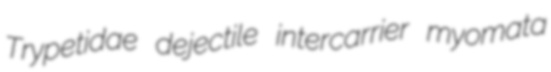
Trypetidae dejectile intercarrier myomata